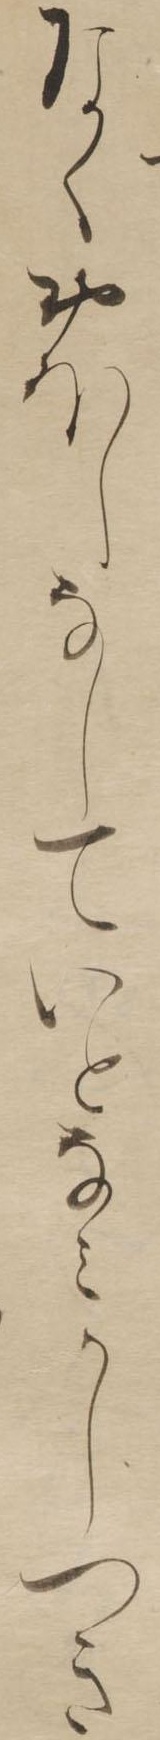
なくおほししていとなみかしつき